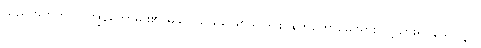
သည်အတွက်ကို ကျွန်တော်မျိုး၏ မိခင် သဖွယ်ဖြစ်သူ ဒိုင်းဝန်ကတော်မေဖုရား သို့သွား၍ နားပူလျှင်